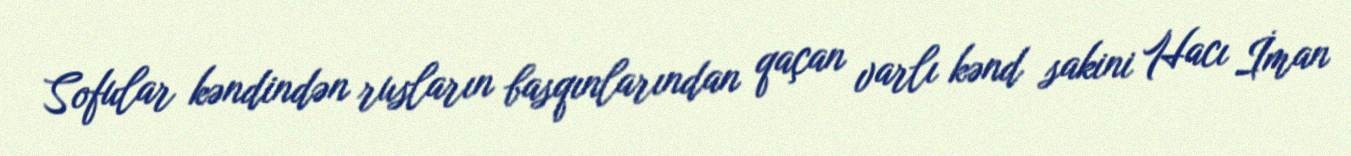
Sofular kəndindən rusların basqınlarından qaçan varlı kənd sakini Hacı İman